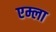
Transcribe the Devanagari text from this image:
एम्ला